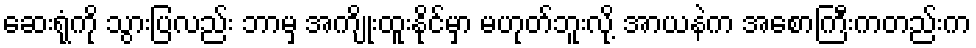
ဆေးရုံကို သွားပြလည်း ဘာမှ အကျိုးထူးနိုင်မှာ မဟုတ်ဘူးလို့ အာယနဲက အစောကြီးကတည်းက